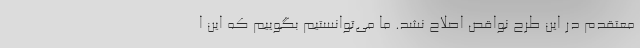
معتقدم در این طرح نواقص اصلاح نشد. ما می‌توانستیم بگوییم که این ا